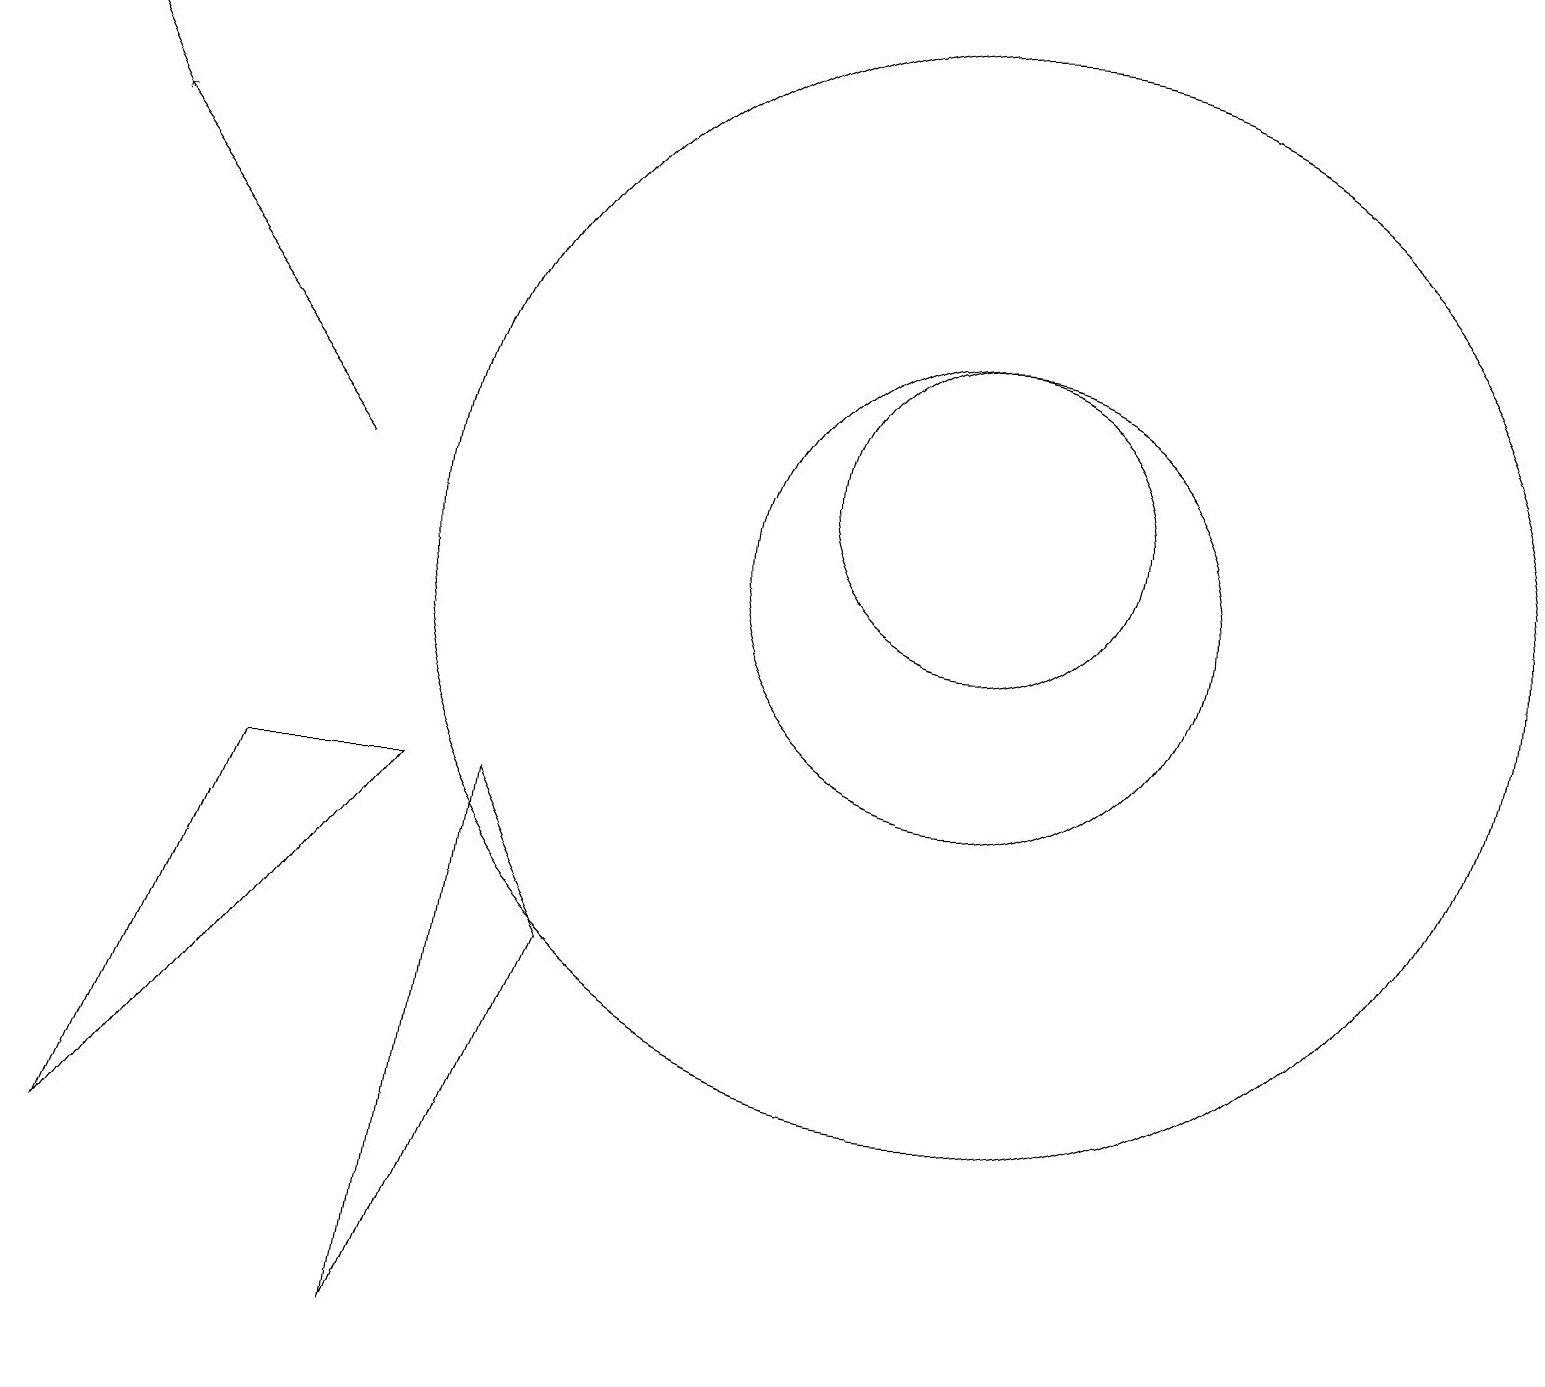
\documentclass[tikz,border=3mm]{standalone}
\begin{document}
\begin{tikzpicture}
\draw (12,10) circle (7);
\draw[->] (4,11) -- (1,15);
\draw (6,7) -- (5,0) -- (7,5) -- cycle;
\draw[->] (1,15) -- (0,17);
\draw (12,10) circle (3);
\draw (12,11) circle (2);
\draw (5,7) -- (3,7) -- (1,2) -- cycle;
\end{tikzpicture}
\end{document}